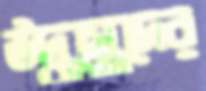
উদ্ধাস্তুদের